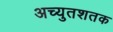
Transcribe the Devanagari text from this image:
अच्युतशतक